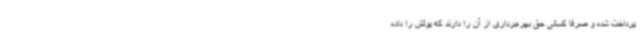
پرداخت شده و صرفا کسانی حق بهره‌برداری از آن را دارند که پولش را داده